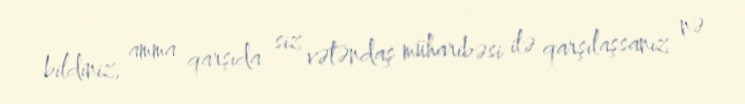
bildiniz, amma qarşıda siz vətəndaş müharibəsi ilə qarşılaşsanız nə